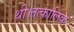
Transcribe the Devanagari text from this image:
थी।तत्कालिक